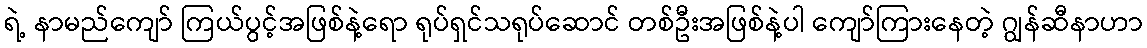
ရဲ့ နာမည်ကျော် ကြယ်ပွင့်အဖြစ်နဲ့ရော ရုပ်ရှင်သရုပ်ဆောင် တစ်ဦးအဖြစ်နဲ့ပါ ကျော်ကြားနေတဲ့ ဂျွန်ဆီနာဟာ